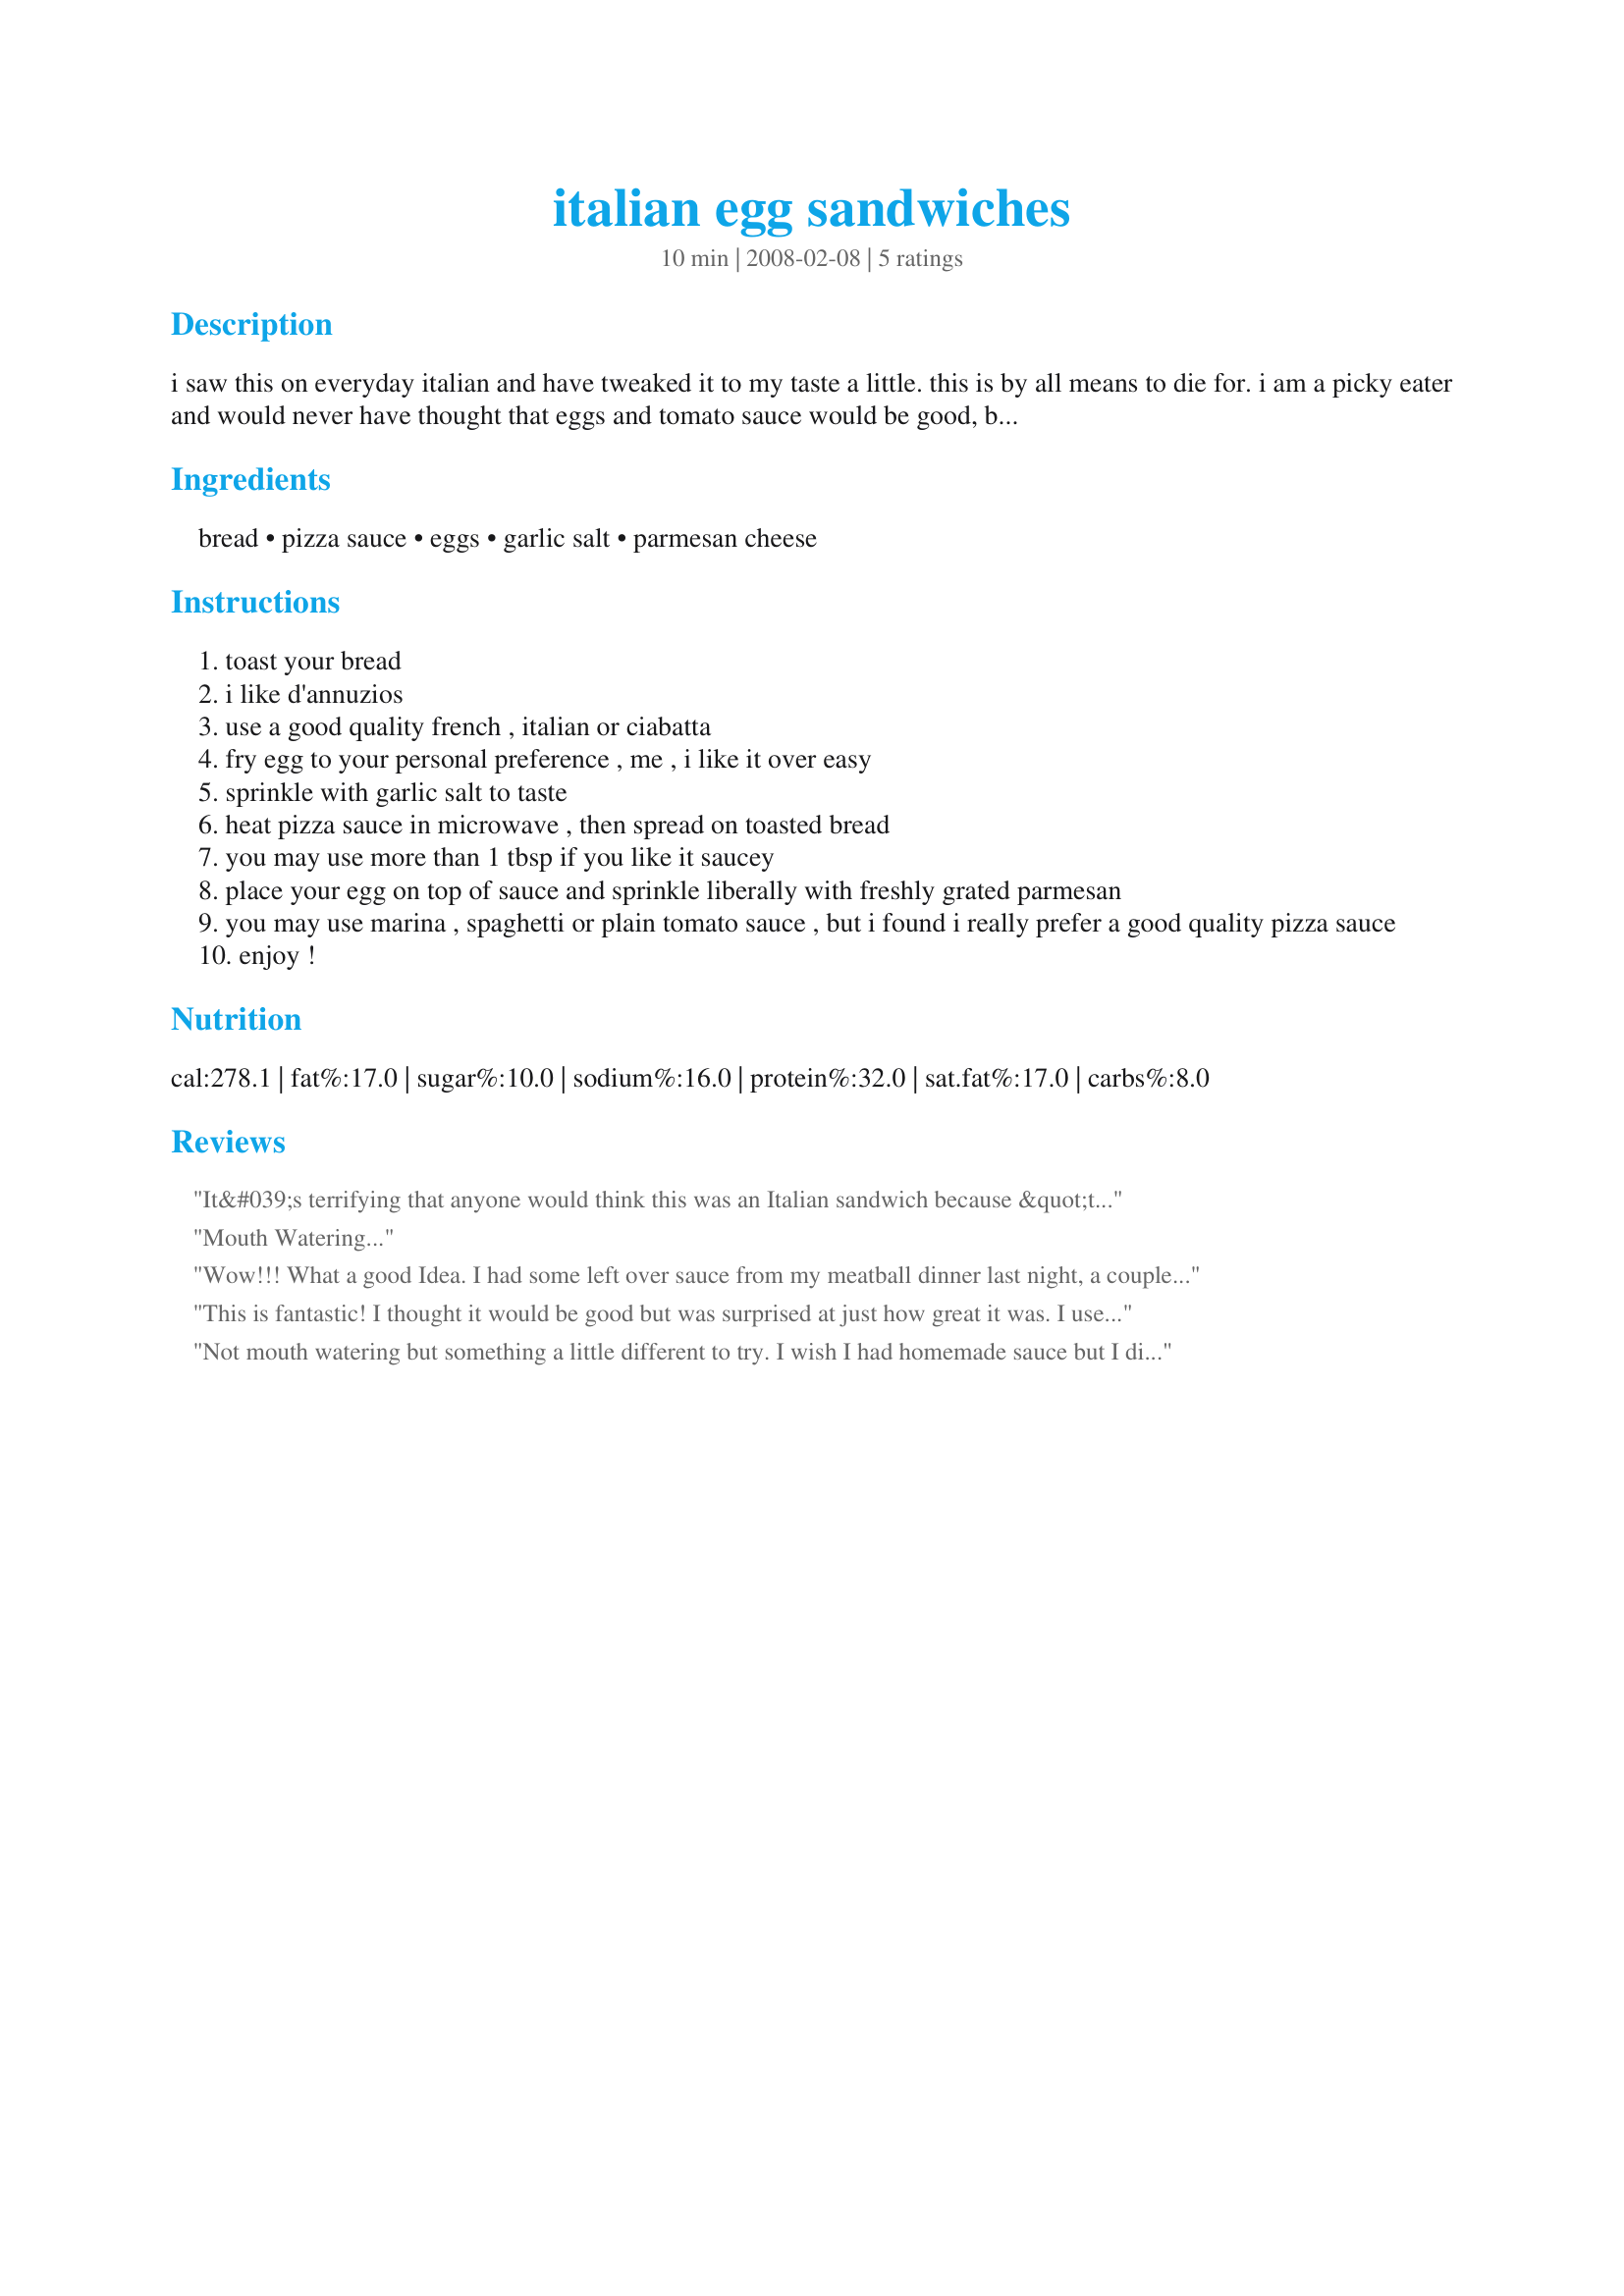
italian egg sandwiches
Preparation time: 10 minutes

i saw this on everyday italian and have tweaked it to my taste a little. this is by all means to die for. i am a picky eater and would never have thought that eggs and tomato sauce would be good, but this is superb. breakfast, lunch, brunch, midnight snack. my husband and i love this. the kids not so much, but that means more for us! please try it and let me know what you think.

Ingredients:
bread, pizza sauce, eggs, garlic salt, parmesan cheese

Steps:
toast your bread
i like d'annuzios
use a good quality french , italian or ciabatta
fry egg to your personal preference , me , i like it over easy
sprinkle with garlic salt to taste
heat pizza sauce in microwave , then spread on toasted bread
you may use more than 1 tbsp if you like it saucey
place your egg on top of sauce and sprinkle liberally with freshly grated parmesan
you may use marina , spaghetti or plain tomato sauce , but i found i really prefer a good quality pizza sauce
enjoy !

Reviews:
It&#039;s terrifying that anyone would think this was an Italian sandwich because &quot;the chef&quot; threw some inedible pizza sauce and cheap grated cheese on an equally dreary palette.
Mouth Watering...
Wow!!! What a good Idea. I had some left over sauce from my meatball dinner last night, a couple of slices of garlic bread, and, no idea what to do with it. Sooo... I pan toasted the bread, warmed the sauce, fried an egg and topped with Italian parsley, pancetta crumbles and shaved Parma. cheese. It took all of 10 minutes from fridge to plate. My co-workers might think much of the garlic toast first thing in the morning, but that&#039;s why they invented mouth wash. NOT Italian???? You can call it Korean or East Indian for all I care as long as I can call it good. And I do.
This is fantastic! I thought it would be good but was surprised at just how great it was. I used pizza sauce, eggs over easy, and added a bit of parsley. Quick, easy, flavorful - loved it - thanks for sharing the recipe! Made for Fall Pick-A-Chef 2011
Not mouth watering but something a little different to try. I wish I had homemade sauce but I didn&#039;t and used a store bought sauce. I might try it again with my own. Otherwise, I&#039;ll skip this one.
